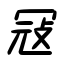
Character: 冦